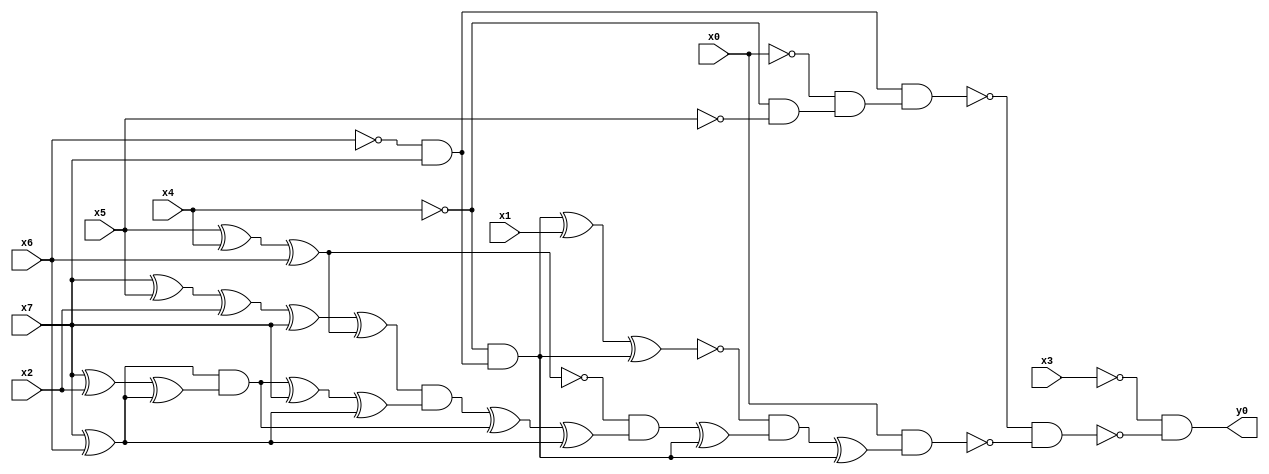
module top( x0 , x1 , x2 , x3 , x4 , x5 , x6 , x7 , y0 );
  input x0 , x1 , x2 , x3 , x4 , x5 , x6 , x7 ;
  output y0 ;
  wire n9 , n10 , n11 , n12 , n13 , n14 , n15 , n16 , n17 , n18 , n19 , n20 , n21 , n22 , n23 , n24 , n25 , n26 , n27 , n28 , n29 , n30 , n31 , n32 , n33 , n34 , n35 , n36 , n37 ;
  assign n9 = ~x6 & x7 ;
  assign n10 = ~x4 & ~x5 ;
  assign n11 = ~x0 & n10 ;
  assign n12 = n9 & n11 ;
  assign n13 = ~x4 & n9 ;
  assign n14 = n13 ^ x1 ;
  assign n15 = n14 ^ n13 ;
  assign n16 = x5 ^ x4 ;
  assign n17 = n16 ^ x6 ;
  assign n18 = x7 ^ x5 ;
  assign n19 = n18 ^ x2 ;
  assign n20 = n19 ^ x7 ;
  assign n21 = n20 ^ n17 ;
  assign n22 = x7 ^ x6 ;
  assign n23 = x7 ^ x2 ;
  assign n24 = n23 ^ n22 ;
  assign n25 = n22 & n24 ;
  assign n26 = n25 ^ x7 ;
  assign n27 = n26 ^ n22 ;
  assign n28 = n21 & n27 ;
  assign n29 = n28 ^ n25 ;
  assign n30 = n29 ^ n22 ;
  assign n31 = ~n17 & n30 ;
  assign n32 = n31 ^ n13 ;
  assign n33 = ~n15 & n32 ;
  assign n34 = n33 ^ n13 ;
  assign n35 = x0 & n34 ;
  assign n36 = ~n12 & ~n35 ;
  assign n37 = ~x3 & ~n36 ;
  assign y0 = n37 ;
endmodule